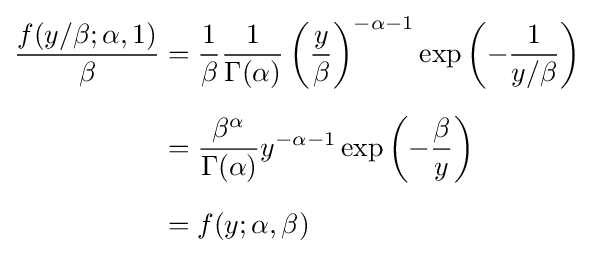
{\begin{aligned}{\frac {f(y/\beta ;\alpha ,1)}{\beta }}&={\frac {1}{\beta }}{\frac {1}{\Gamma (\alpha )}}\left({\frac {y}{\beta }}\right)^{-\alpha -1}\exp \left(-{\frac {1}{y/\beta }}\right)\\[6pt]&={\frac {\beta ^{\alpha }}{\Gamma (\alpha )}}y^{-\alpha -1}\exp \left(-{\frac {\beta }{y}}\right)\\[6pt]&=f(y;\alpha ,\beta )\end{aligned}}